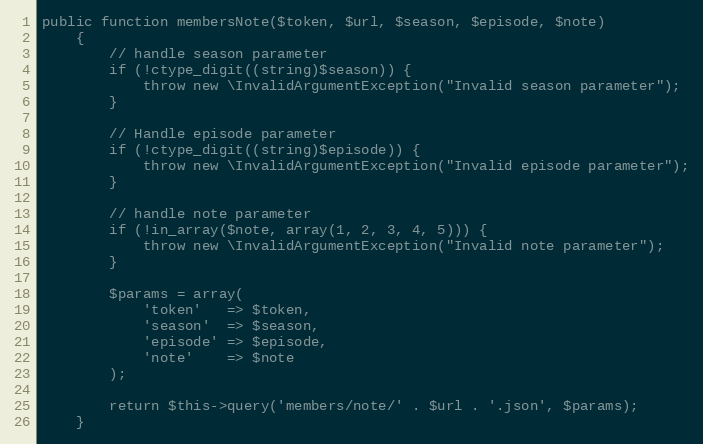
Language: PHP
public function membersNote($token, $url, $season, $episode, $note)
    {
        // handle season parameter
        if (!ctype_digit((string)$season)) {
            throw new \InvalidArgumentException("Invalid season parameter");
        }

        // Handle episode parameter
        if (!ctype_digit((string)$episode)) {
            throw new \InvalidArgumentException("Invalid episode parameter");
        }

        // handle note parameter
        if (!in_array($note, array(1, 2, 3, 4, 5))) {
            throw new \InvalidArgumentException("Invalid note parameter");
        }

        $params = array(
            'token'   => $token,
            'season'  => $season,
            'episode' => $episode,
            'note'    => $note
        );

        return $this->query('members/note/' . $url . '.json', $params);
    }